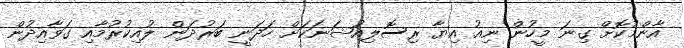
އާންމުކޮށް ގިނަ މީހުން ނިއު އިޔާ ރިސޮލިއުޝަނަކަށް ހަދަނީ ބަރުދަން ލުއިކުރުމާއި ގަވާއިދުން